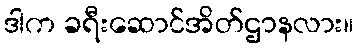
ဒါက ခရီးဆောင်အိတ်ဌာနလား။